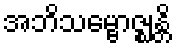
အဘိသမ္ဗောဇ္ဈန္တိ